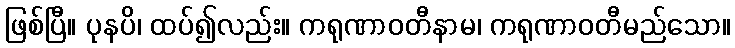
ဖြစ်ပြီ။ ပုနပိ၊ ထပ်၍လည်း။ ကရုဏာဝတီနာမ၊ ကရုဏာဝတီမည်သော။